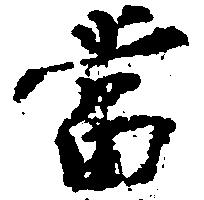
当